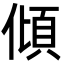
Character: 傾